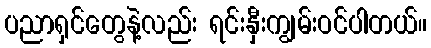
ပညာရှင်တွေနဲ့လည်း ရင်းနှီးကျွမ်းဝင်ပါတယ်။